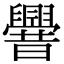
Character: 𰯼